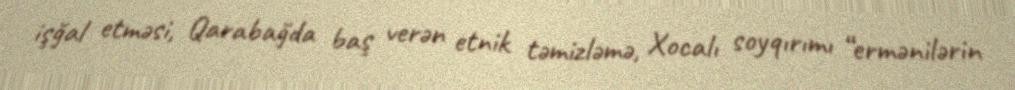
işğal etməsi, Qarabağda baş verən etnik təmizləmə, Xocalı soyqırımı “ermənilərin